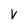
Character: V